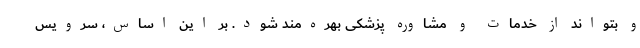
و بتواند از خدمات و مشاوره پزشکی بهره‌مند شود. بر این اساس، سرویس